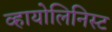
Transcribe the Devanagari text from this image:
व्हायोलिनिस्ट